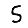
Digit: 5